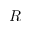
R